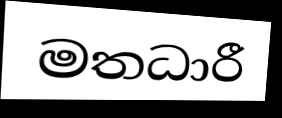
මතධාරී